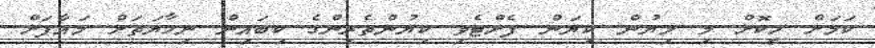
ކަމަށް ހީކޮށް މި ލިޔުން ކިޔަން ފެށްޓެވި ކިޔުންތެރިންގެ ކިބައިން ނިހާޔަތަށް މައާފަށް